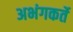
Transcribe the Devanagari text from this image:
अभंगकर्ते